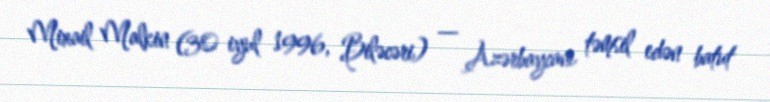
Mixail Malkin (30 iyul 1996, Biləcəri) — Azərbaycanı təmsil edən batut